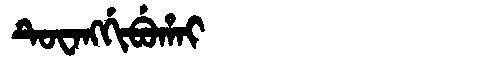
Manchu: ᡨᡠᠸᠠᠩᡤᡳᠪᡠᡥᠠᡳ
Romanization: TUWANGGIBUHAI